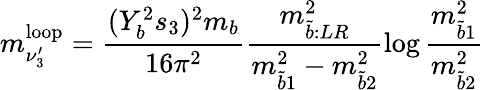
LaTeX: m_{\nu_{3}^{\prime}}^{\mathrm{{loop}}}=\frac{(Y_{b}^{2}s_{3})^{2}m_{b}}{16\pi^{2}}\frac{m_{\tilde{b}:LR}^{2}}{m_{\tilde{b}1}^{2}-m_{\tilde{b}2}^{2}}\log{\frac{m_{\tilde{b}1}^{2}}{m_{\tilde{b}2}^{2}}}